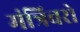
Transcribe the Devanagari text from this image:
मंत्रिवरो